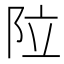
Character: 𮤽